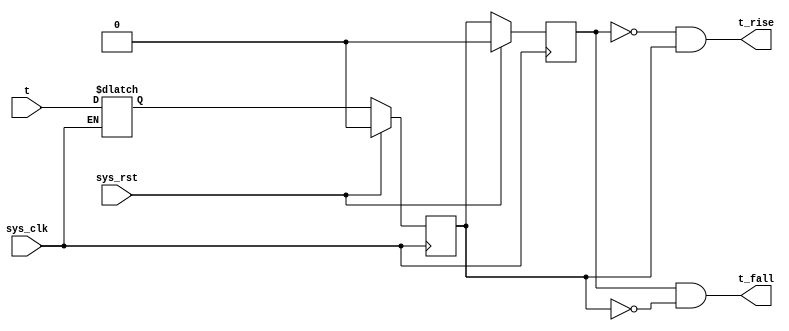
/*
 * rAVR Prescaler external clock sync
 * Copyright (C) 2011 WangMengyin
 *
 * This program is free software: you can redistribute it and/or modify
 * it under the terms of the GNU General Public License as published by
 * the Free Software Foundation, version 3 of the License.
 *
 * This program is distributed in the hope that it will be useful,
 * but WITHOUT ANY WARRANTY; without even the implied warranty of
 * MERCHANTABILITY or FITNESS FOR A PARTICULAR PURPOSE.  See the
 * GNU General Public License for more details.
 *
 * You should have received a copy of the GNU General Public License
 * along with this program.  If not, see <http://www.gnu.org/licenses/>.
 */
 // 2011-11-19 create Ver 1.0.0
 
`define TIME_SYNC_LATCH 
 
 module timer_sync (
	input wire sys_rst,
	input wire sys_clk,
 
	input wire t, // external input clock
	output wire t_rise,
	output wire t_fall
 );

// Latch
`ifdef TIME_SYNC_LATCH
reg t_latch;
always @(sys_clk, t)
begin
	if(sys_clk)	t_latch <= t;
end
`endif

reg t_reg;
always @(posedge sys_clk)
begin
	if(sys_rst)
		t_reg <= 1'b0;
	else
`ifdef TIME_SYNC_LATCH
		t_reg <= t_latch;
`else
		t_reg <= t;
`endif
end

// edge detect
reg t_reg2;
always @(posedge sys_clk)
begin
	if(sys_rst)
		t_reg2 <= 1'b0;
	else
		t_reg2 <= t_reg;
end

assign t_rise = ~t_reg2 & t_reg;
assign t_fall = t_reg2 & ~t_reg;
 
endmodule